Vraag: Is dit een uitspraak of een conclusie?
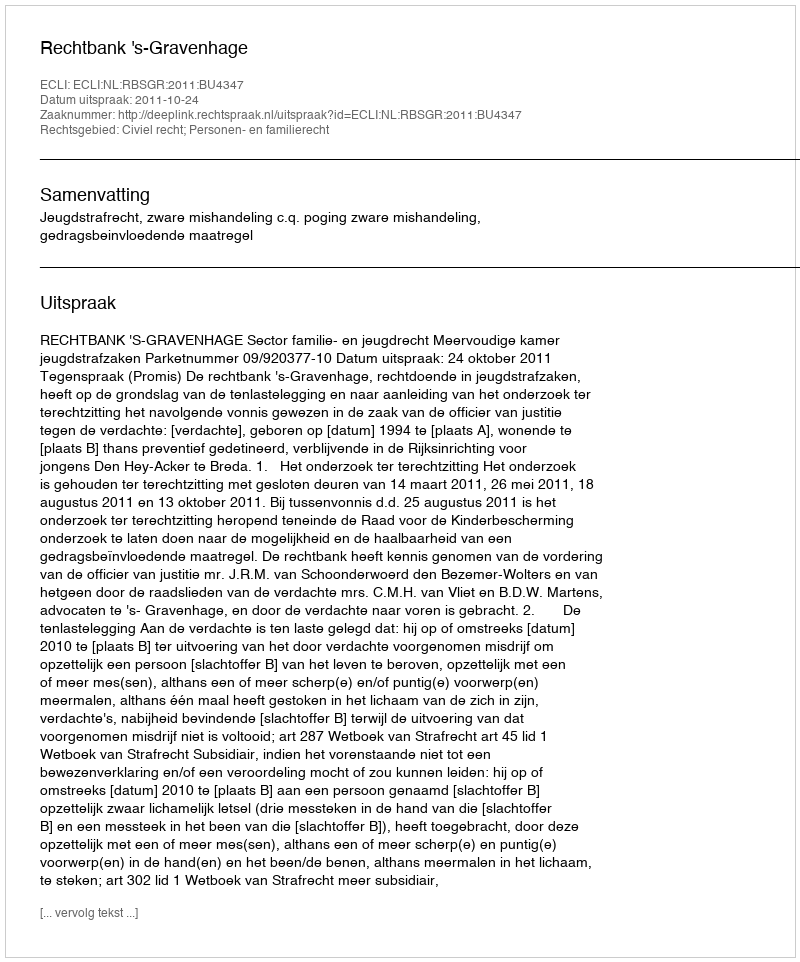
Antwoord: Uitspraak